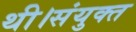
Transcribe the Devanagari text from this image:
थी।संयुक्त